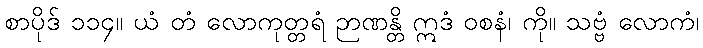
စာပိုဒ် ၁၁၄။ ယံ တံ လောကုတ္တရံ ဉာဏန္တိ ဣဒံ ဝစနံ၊ ကို။ သဗ္ဗံ လောကံ၊